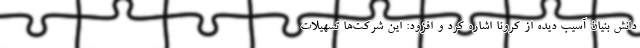
دانش بنیان آسیب دیده از کرونا اشاره کرد و افزود: این شرکت‌ها تسهیلات